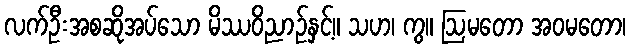
လက်ဦးအစဆိုအပ်သော မိဿဝိညာဉ်နှင့်။ သဟ၊ ကွ။ ဩမတော အဝမတော၊